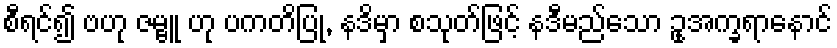
စီရင်၍ ဗဟု ဇမ္ဗူ ဟု ပကတိပြု, နဒိမှာ စသုတ်ဖြင့် နဒီမည်သော ဥုအက္ခရာနောင်